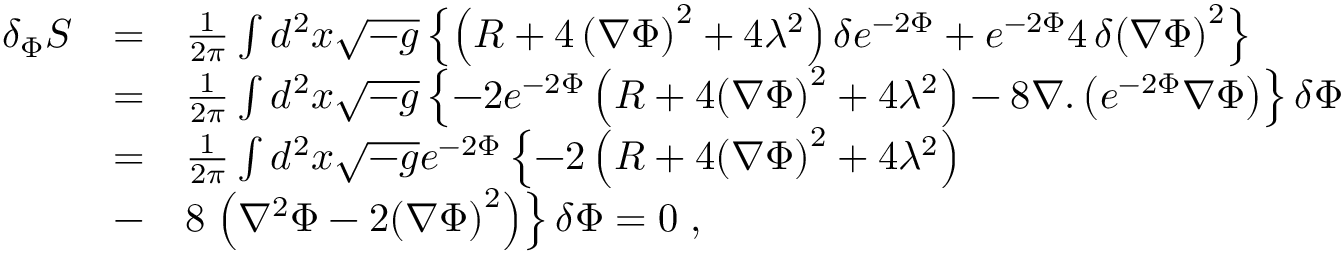
\begin{array} { l c l } { { \delta _ { \Phi } S } } & { { = } } & { { { \frac { 1 } { 2 \pi } } \int d ^ { 2 } x \sqrt { - g } \left\{ \left( R + 4 \, { \left( \nabla \Phi \right) } ^ { 2 } + 4 \lambda ^ { 2 } \right) \delta e ^ { - 2 \Phi } + e ^ { - 2 \Phi } 4 \, \delta { \left( \nabla \Phi \right) } ^ { 2 } \right\} } } \\ { { } } & { { = } } & { { { \frac { 1 } { 2 \pi } } \int d ^ { 2 } x \sqrt { - g } \left\{ - 2 e ^ { - 2 \Phi } \left( R + 4 { \left( \nabla \Phi \right) } ^ { 2 } + 4 \lambda ^ { 2 } \right) - 8 \nabla . \left( e ^ { - 2 \Phi } \nabla \Phi \right) \right\} \delta \Phi } } \\ { { } } & { { = } } & { { { \frac { 1 } { 2 \pi } } \int d ^ { 2 } x \sqrt { - g } e ^ { - 2 \Phi } \left\{ - 2 \left( R + 4 { \left( \nabla \Phi \right) } ^ { 2 } + 4 \lambda ^ { 2 } \right) \right. } } \\ { { } } & { { - } } & { { 8 \left. \left( \nabla ^ { 2 } \Phi - 2 { \left( \nabla \Phi \right) } ^ { 2 } \right) \right\} \delta \Phi = 0 \; , } } \end{array}